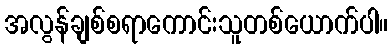
အလွန်ချစ်စရာကောင်းသူတစ်ယောက်ပါ။